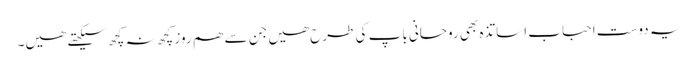
یہ دوست احباب اساتذہ بھی روحانی باپ کی طرح ھیں جن سے ھم روز کچھ نہ کچھ سیکھتے ھیں۔